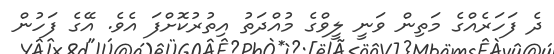
ދެ ފަހަރެއްގެ މަތިން ވަނީ ލީވްގެ މުއްދަތު އިތުރުކޮށްފަ އެވެ. އޭގެ ފަހުން